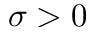
\sigma > 0